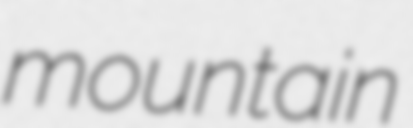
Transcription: mountain